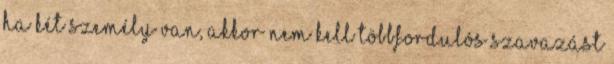
Ha két személy van, akkor nem kell többfordulós szavazást